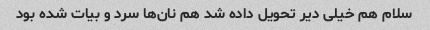
سلام هم خیلی دیر تحویل داده شد هم نان‌ها سرد و بیات شده بود